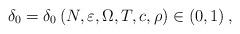
LaTeX: \begin{align*}\delta _{0}=\delta _{0}\left( N,\varepsilon ,\Omega ,T,c,\rho \right) \in\left( 0,1\right) , \end{align*}